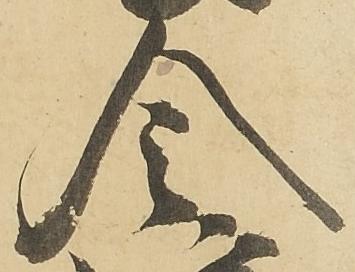
令